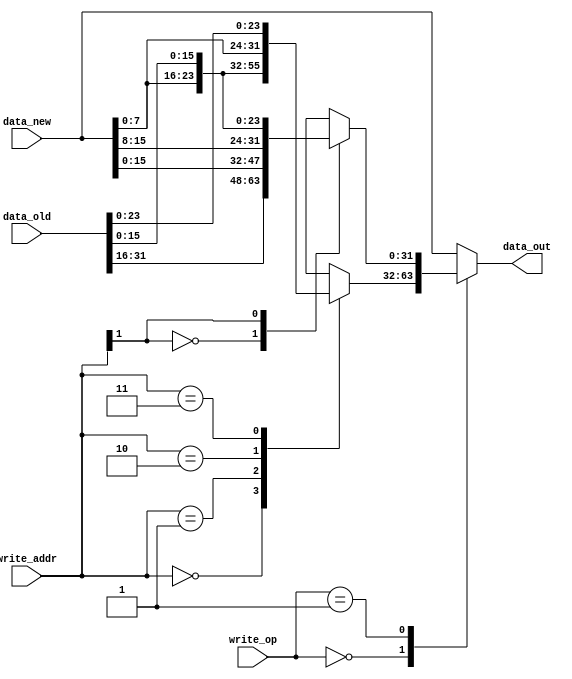
module data_write_mux
(
	input [31:0] data_old,
	input [31:0] data_new,
	input [1:0] write_addr,
	input [1:0] write_op,
	output reg [31:0] data_out
);

parameter STOREOP_SB  = 2'b00;
parameter STOREOP_SH  = 2'b01;
parameter STOREOP_SW  = 2'b10;

reg [31:0] b;
reg [31:0] h;
reg [31:0] w;

always @(*) begin

	// byte
	case (write_addr[1:0])
		2'b00: b = {data_old[31:8], data_new[7:0]};
		2'b01: b = {data_old[31:16], data_new[7:0], data_old[7:0]};
		2'b10: b = {data_old[31:24], data_new[7:0], data_old[15:0]};
		2'b11: b = {data_new[7:0], data_old[23:0]};
	endcase
	
	// half
	case (write_addr[1])
		1'b0: h = {data_old[31:16], data_new[15:0]};
		1'b1: h = {data_new[15:0], data_old[15:0]};
	endcase
	
	// word
	w = data_new;
	
	
	case (write_op)
		STOREOP_SB: data_out = b;
		STOREOP_SH: data_out = h;
		STOREOP_SW: data_out = w;
		default: data_out = w;
	endcase
	
end


endmodule